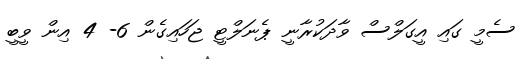
ސެމީ ގައި އީގަލްސް ވާދަކުރާނީ ޕެނަލްޓީ ޖަހައިގެން 6- 4 އިން ވީބީ